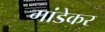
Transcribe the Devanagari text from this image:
गांडेकर